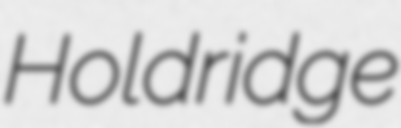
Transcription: Holdridge